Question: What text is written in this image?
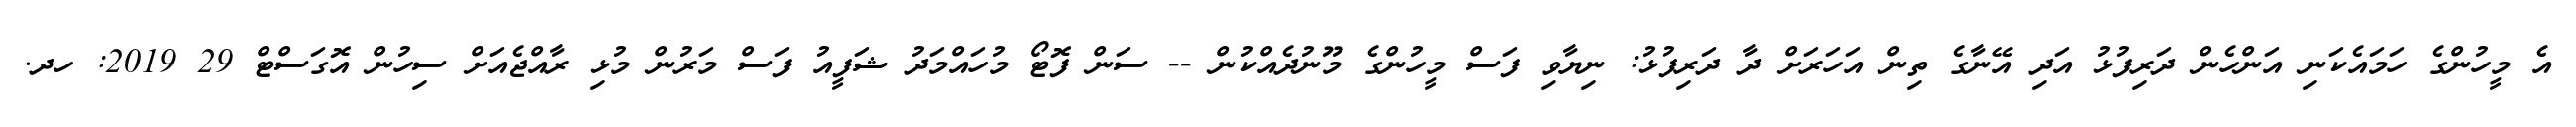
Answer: އެ މީހުންގެ ހަމައެކަނި އަންހެން ދަރިފުޅު އަދި އޭނާގެ ތިން އަހަރަށް ދާ ދަރިފުޅު: ނިޔާވި ފަސް މީހުންގެ މޫނުދެއްކުން -- ސަން ފޮޓޯ މުހައްމަދު ޝަފީއު ފަސް މަރުން މުޅި ރާއްޖެއަށް ސިހުން އޮގަސްޓް 29 2019: ހދ.